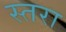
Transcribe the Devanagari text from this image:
स्तरा